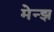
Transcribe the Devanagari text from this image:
मेन्झ